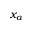
x _ { \alpha }